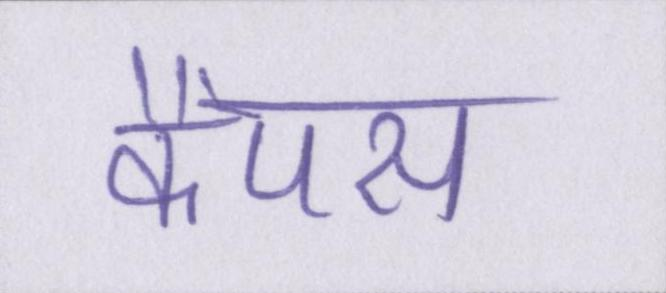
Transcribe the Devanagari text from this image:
कैंपस